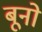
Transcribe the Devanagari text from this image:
बूनो